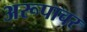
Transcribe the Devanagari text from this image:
अरूपाचर